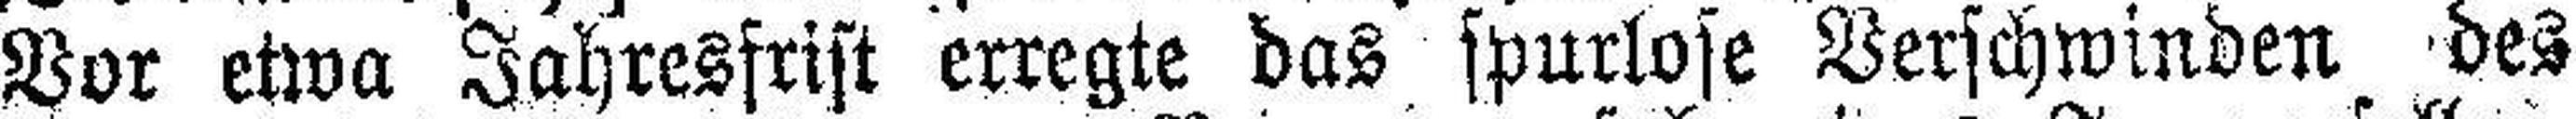
Vor etwa Jahresfrist erregte das spurlose Verschwinden des